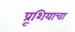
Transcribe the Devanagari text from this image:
प्रूशियाचा